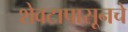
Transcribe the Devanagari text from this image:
शेवटापासूनचे